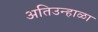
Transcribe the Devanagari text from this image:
अतिउन्हाळा